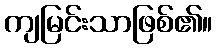
ကျမြင်းသာဖြစ်၏။